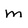
Character: m